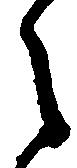
々